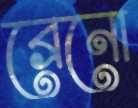
ব্রেনো